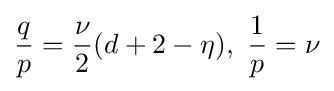
{\frac {q}{p}}={\frac {\nu }{2}}(d+2-\eta ),~{\frac {1}{p}}=\nu